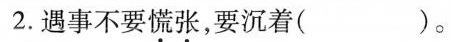
2.遇事不要慌张，要沉着( )。